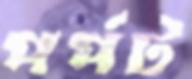
পর্পট